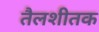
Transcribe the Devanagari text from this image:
तैलशीतक